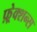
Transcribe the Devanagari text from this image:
फ़्रेक्शन्स